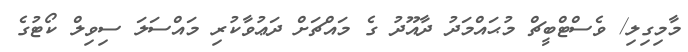
މާމިގިލި/ ވެސްޓްބީޗް މުޙައްމަދު ދާއޫދު ގެ މައްޗަށް ދަޢުވާކުރި މައްސަލަ ސިވިލް ކޯޓުގެ